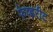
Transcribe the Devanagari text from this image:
फेव्हरीट